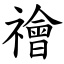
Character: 禬